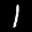
Label: 1